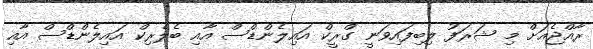
ރާއްޖެއަށް މި ޝަރަފު ލިބިފައިވަނީ ގްރީކް އައިލެންޑްސް އާއި ބެލެރިކް އައިލެންޑްސް އާއި